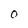
Character: O